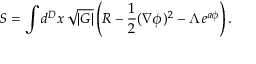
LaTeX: S = \int d ^ { D } x \, \sqrt { | G | } \left( R - \frac { 1 } { 2 } ( \nabla \phi ) ^ { 2 } - \Lambda \, e ^ { a \phi } \right) .